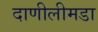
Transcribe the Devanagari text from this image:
दाणीलीमडा